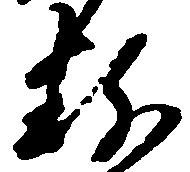
粉